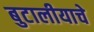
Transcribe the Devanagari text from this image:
बुटालीयाचे